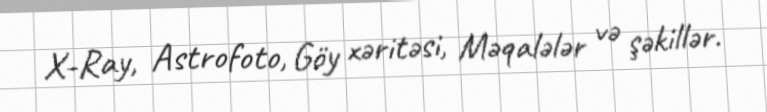
X-Ray, Astrofoto, Göy xəritəsi, Məqalələr və şəkillər.